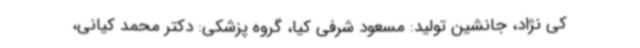
کی نژاد، جانشین تولید: مسعود شرفی کیا، گروه پزشکی: دکتر محمد کیانی،